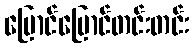
ပြောင်ပြောင်တင်းတင်း